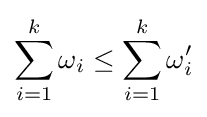
\sum _{i=1}^{k}\omega _{i}\leq \sum _{i=1}^{k}\omega _{i}'